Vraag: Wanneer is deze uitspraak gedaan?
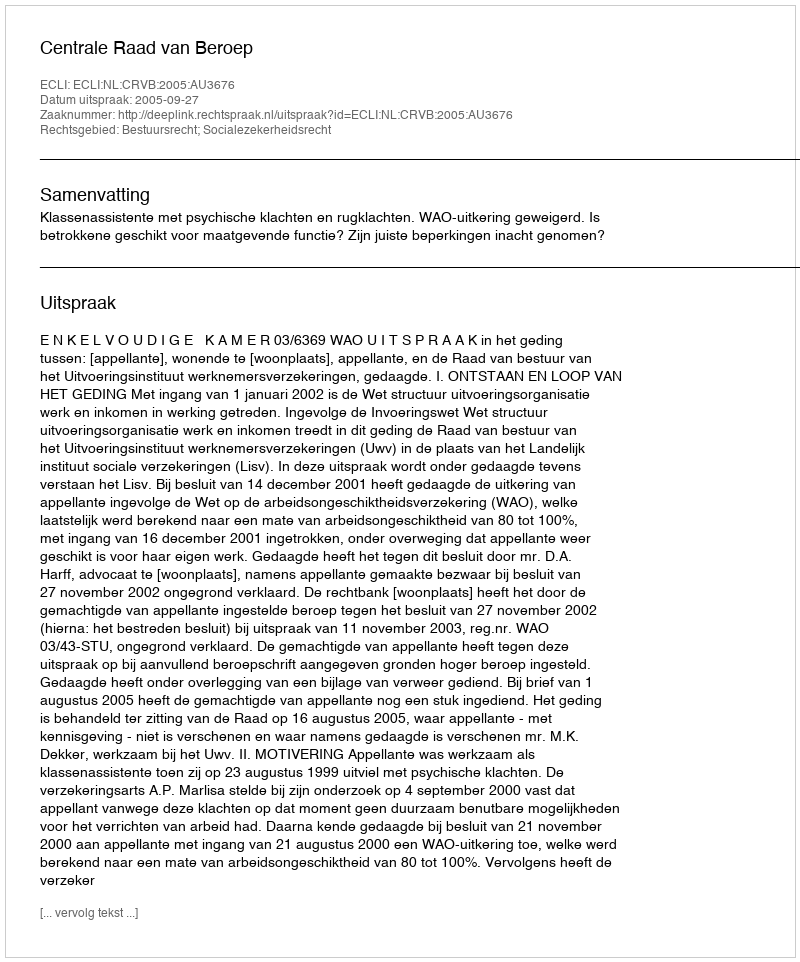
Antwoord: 2005-09-27